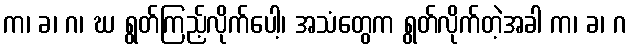
က၊ ခ၊ ဂ၊ ဃ ရွတ်ကြည့်လိုက်ပေါ့၊ အသံတွေက ရွတ်လိုက်တဲ့အခါ က၊ ခ၊ ဂ